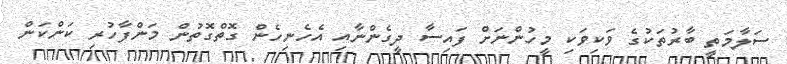
ސަލާމަތީ ބާރުތަކުގެ ވަކިވަކި މީހުންނަށް ފައިސާ ދީގެންނާއި އެހެނިހެން ގޮތްގޮތުން މަންފާހުރި ކަންކަން